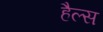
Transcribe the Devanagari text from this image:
हैल्स